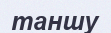
таншу